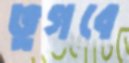
ভুগবে